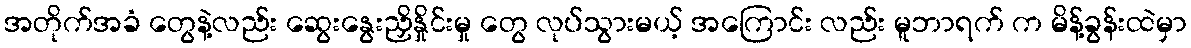
အတိုက်အခံ တွေနဲ့လည်း ဆွေးနွေးညှိနှိုင်းမှု တွေ လုပ်သွားမယ့် အကြောင်း လည်း မူဘာရက် က မိန့်ခွန်းထဲမှာ